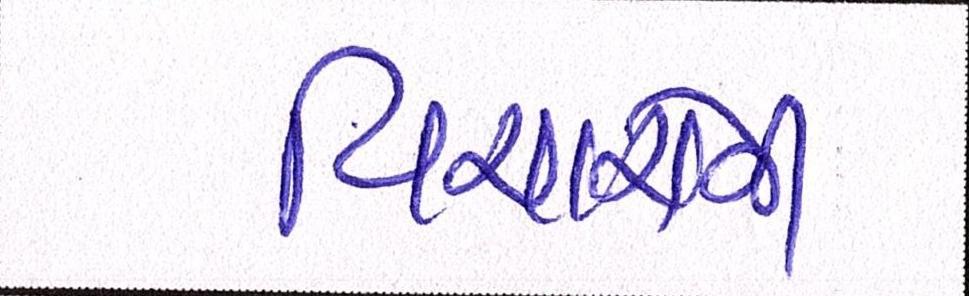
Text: વિચારોની